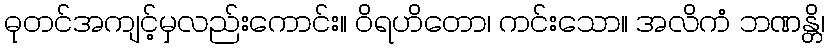
ဓုတင်အကျင့်မှလည်းကောင်း။ ဝိရဟိတော၊ ကင်းသော။ အလိကံ ဘဏန္တိ၊